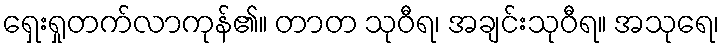
ရှေးရှုတက်လာကုန်၏။ တာတ သုဝီရ၊ အချင်းသုဝီရ။ အသုရေ၊